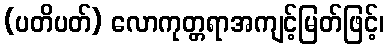
(ပတိပတ်) လောကုတ္တရာအကျင့်မြတ်ဖြင့်၊